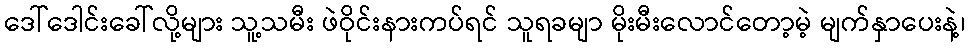
ဒေါ်ဒေါင်းခေါ်လို့များ သူ့သမီး ဖဲဝိုင်းနားကပ်ရင် သူရခမျာ မိုးမီးလောင်တော့မဲ့ မျက်နှာပေးနဲ့၊